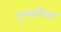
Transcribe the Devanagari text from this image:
पुल्सनिट्स